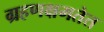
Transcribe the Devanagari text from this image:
ग्रहणक्षमतेत